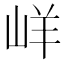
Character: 㟄